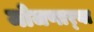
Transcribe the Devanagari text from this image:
मोजणार्‍या